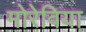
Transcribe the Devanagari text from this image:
मोरेविया